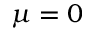
\mu = 0